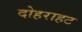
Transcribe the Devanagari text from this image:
दोहराहट